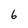
Character: 6